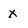
Character: x